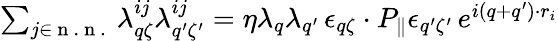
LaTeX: \begin{array}{r}{\sum_{j\in\mathrm{~n~.~n~.~}}\lambda_{q\zeta}^{ij}\lambda_{q^{\prime}\zeta^{\prime}}^{ij}=\eta\lambda_{q}\lambda_{q^{\prime}}\, \epsilon_{q\zeta}\cdot P_{\parallel}\epsilon_{q^{\prime}\zeta^{\prime}}\, e^{i(q+q^{\prime})\cdot r_{i}}}\end{array}